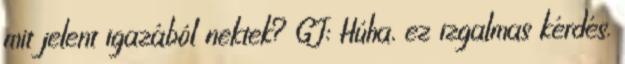
mit jelent igazából nektek? GJ: Húha, ez izgalmas kérdés.